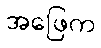
အဖြေက